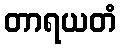
တာရယတံ